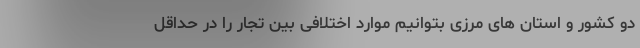
دو کشور و استان های مرزی بتوانیم موارد اختلافی بین تجار را در حداقل